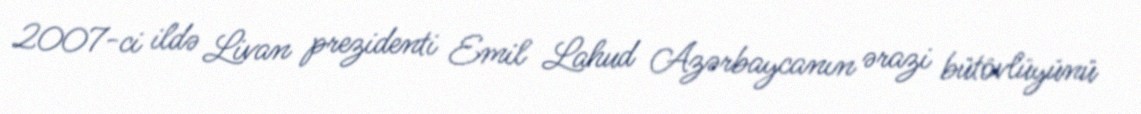
2007-ci ildə Livan prezidenti Emil Lahud Azərbaycanın ərazi bütövlüyünü